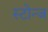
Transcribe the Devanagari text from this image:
स्टोन्ज